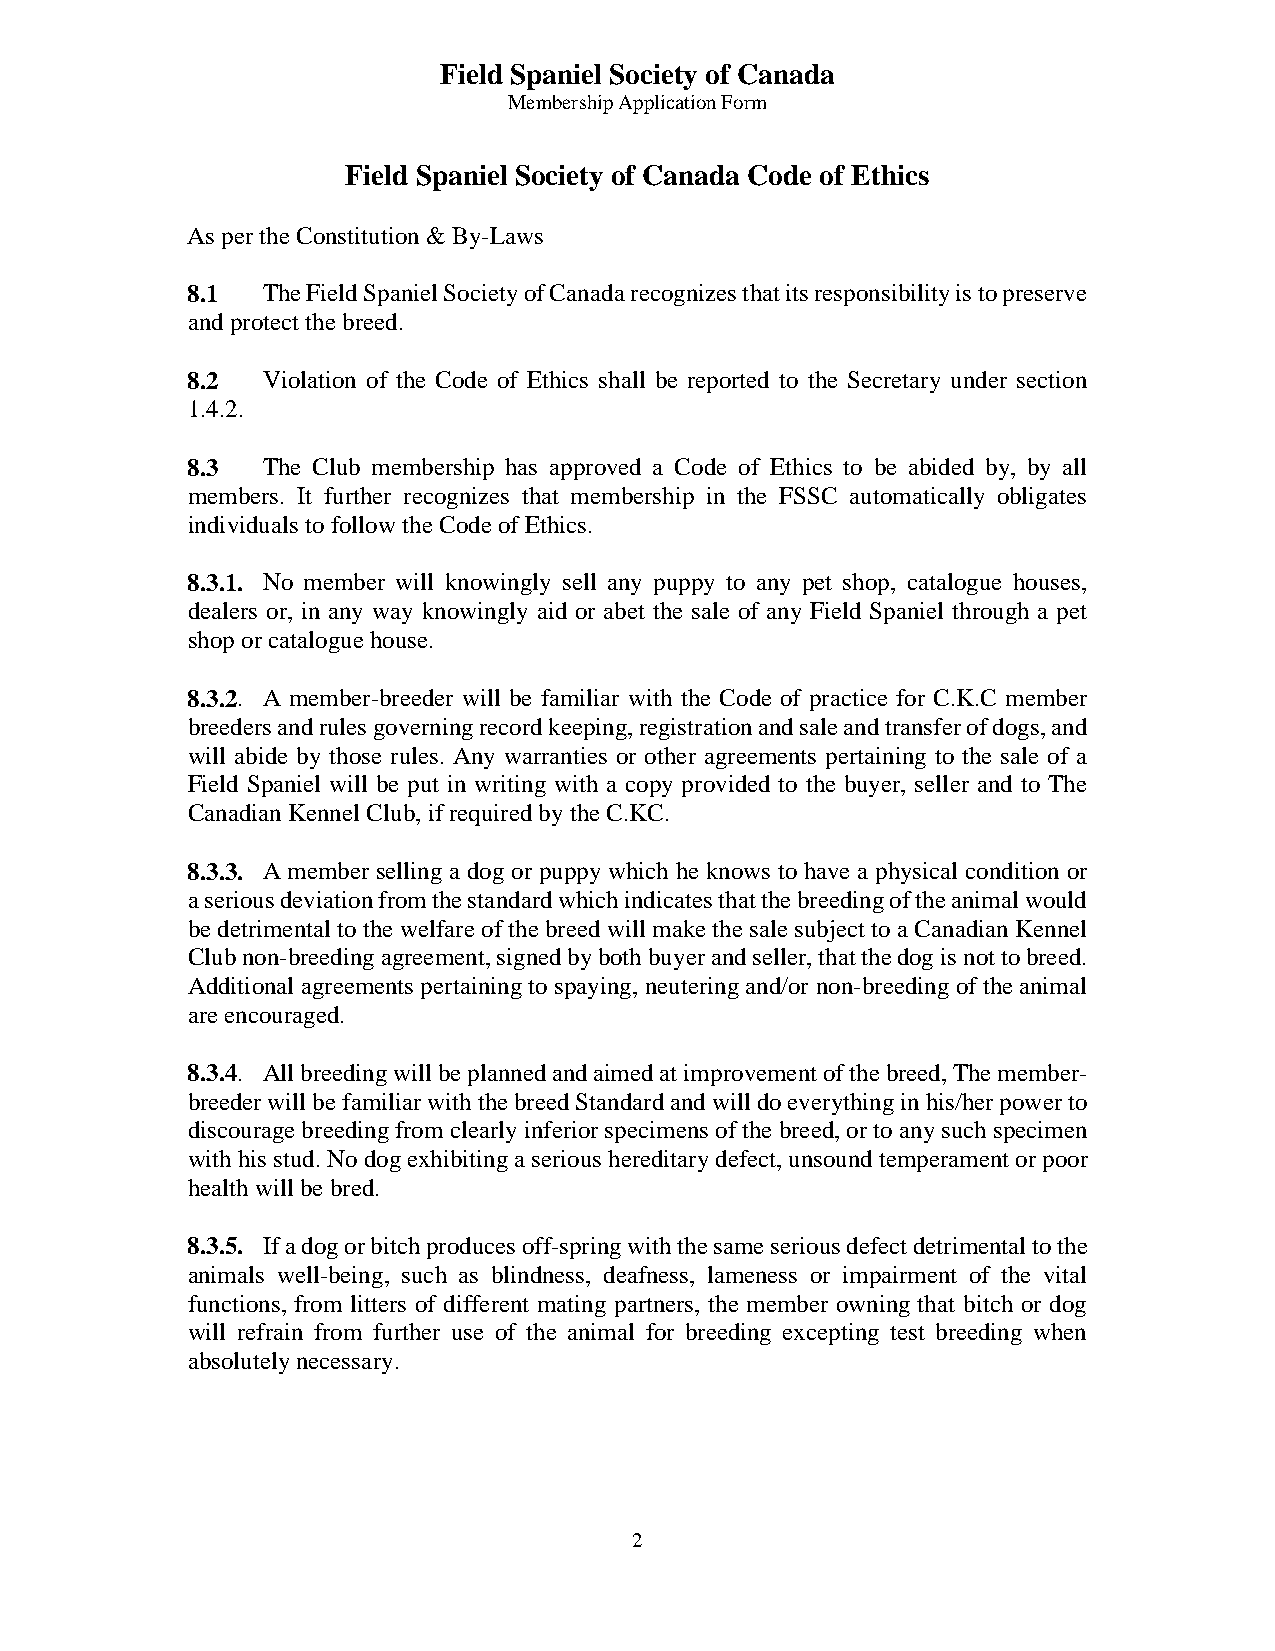
Field Spaniel Society of Canada
 Membership Application Form
 Field Spaniel Society of Canada Code of Ethics
 As per the Constitution & By-Laws
 8.1  The Field Spaniel Society of Canada recognizes that its responsibility is to preserve
 and protect the breed.
 8.2  Violation of the Code of Ethics shall be reported to the Secretary under section
 1.4.2.
 8.3  The Club membership has approved a Code of Ethics to be abided by, by all
 members. It further recognizes that membership in the FSSC automatically obligates
 individuals to follow the Code of Ethics.
 8.3.1. No member will knowingly sell any puppy to any pet shop, catalogue houses,
 dealers or, in any way knowingly aid or abet the sale of any Field Spaniel through a pet
 shop or catalogue house.
 8.3.2. A member-breeder will be familiar with the Code of practice for C.K.C member
 breeders and rules governing record keeping, registration and sale and transfer of dogs, and
 will abide by those rules. Any warranties or other agreements pertaining to the sale of a
 Field Spaniel will be put in writing with a copy provided to the buyer, seller and to The
 Canadian Kennel Club, if required by the C.KC.
 8.3.3. A member selling a dog or puppy which he knows to have a physical condition or
 a serious deviation from the standard which indicates that the breeding of the animal would
 be detrimental to the welfare of the breed will make the sale subject to a Canadian Kennel
 Club non-breeding agreement, signed by both buyer and seller, that the dog is not to breed.
 Additional agreements pertaining to spaying, neutering and/or non-breeding of the animal
 are encouraged.
 8.3.4. All breeding will be planned and aimed at improvement of the breed, The member-
 breeder will be familiar with the breed Standard and will do everything in his/her power to
 discourage breeding from clearly inferior specimens of the breed, or to any such specimen
 with his stud. No dog exhibiting a serious hereditary defect, unsound temperament or poor
 health will be bred.
 8.3.5. If a dog or bitch produces off-spring with the same serious defect detrimental to the
 animals well-being, such as blindness, deafness, lameness or impairment of the vital
 functions, from litters of different mating partners, the member owning that bitch or dog
 will refrain from further use of the animal for breeding excepting test breeding when
 absolutely necessary.
 2